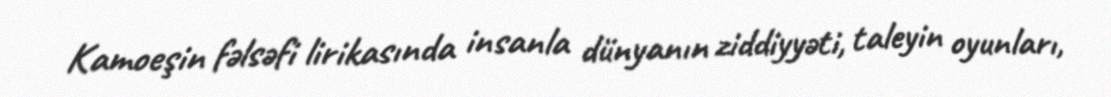
Kamoeşin fəlsəfi lirikasında insanla dünyanın ziddiyyəti, taleyin oyunları,